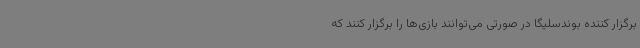
برگزار کننده بوندسلیگا در صورتی می‌توانند بازی‌ها را برگزار کنند که